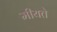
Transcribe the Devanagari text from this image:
मीयते